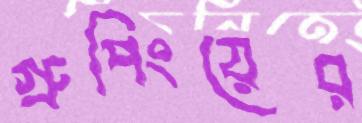
গ্রুপিংয়ের